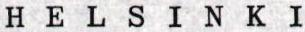
HELSINKI